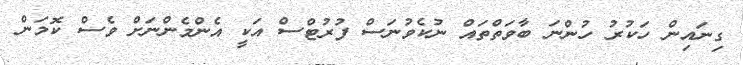
ގިނައިން ހަކުރު ހުންނަ ބާވަތްތައް ނުކެވުނަސް ފުރުޓްސް އަކީ އެންމެންނަށް ވެސް ކޮމަން